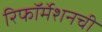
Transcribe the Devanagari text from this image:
रिफॉर्मेशनची